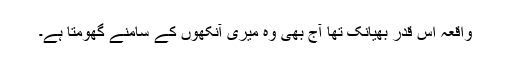
واقعہ اس قدر بھیانک تھا آج بھی وہ میری آنکھوں کے سامنے گھومتا ہے۔